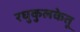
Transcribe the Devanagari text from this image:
रघुकुलकेतू